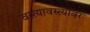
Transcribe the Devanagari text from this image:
वस्त्यावस्त्यांवर